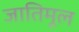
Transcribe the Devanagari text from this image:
जातिमूल